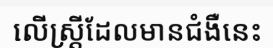
លើស្ត្រីដែលមានជំងឺនេះ